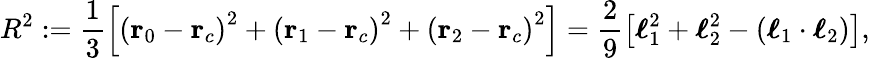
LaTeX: R^{2}:=\frac{1}{3}\left[\left(\mathbf{r}_{0}-\mathbf{r}_{c}\right)^{2}+\left(\mathbf{r}_{1}-\mathbf{r}_{c}\right)^{2}+\left(\mathbf{r}_{2}-\mathbf{r}_{c}\right)^{2}\right]=\frac{2}{9}\left[\boldsymbol{\ell}_{1}^{2}+\boldsymbol{\ell}_{2}^{2}-(\boldsymbol{\ell}_{1}\cdot\boldsymbol{\ell}_{2})\right],